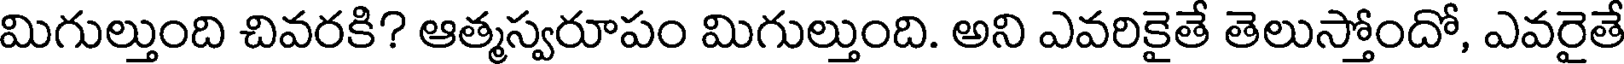
మిగుల్తుంది చివరకి? ఆత్మస్వరూపం మిగుల్తుంది. అని ఎవరికైతే తెలుస్తోందో, ఎవరైతే